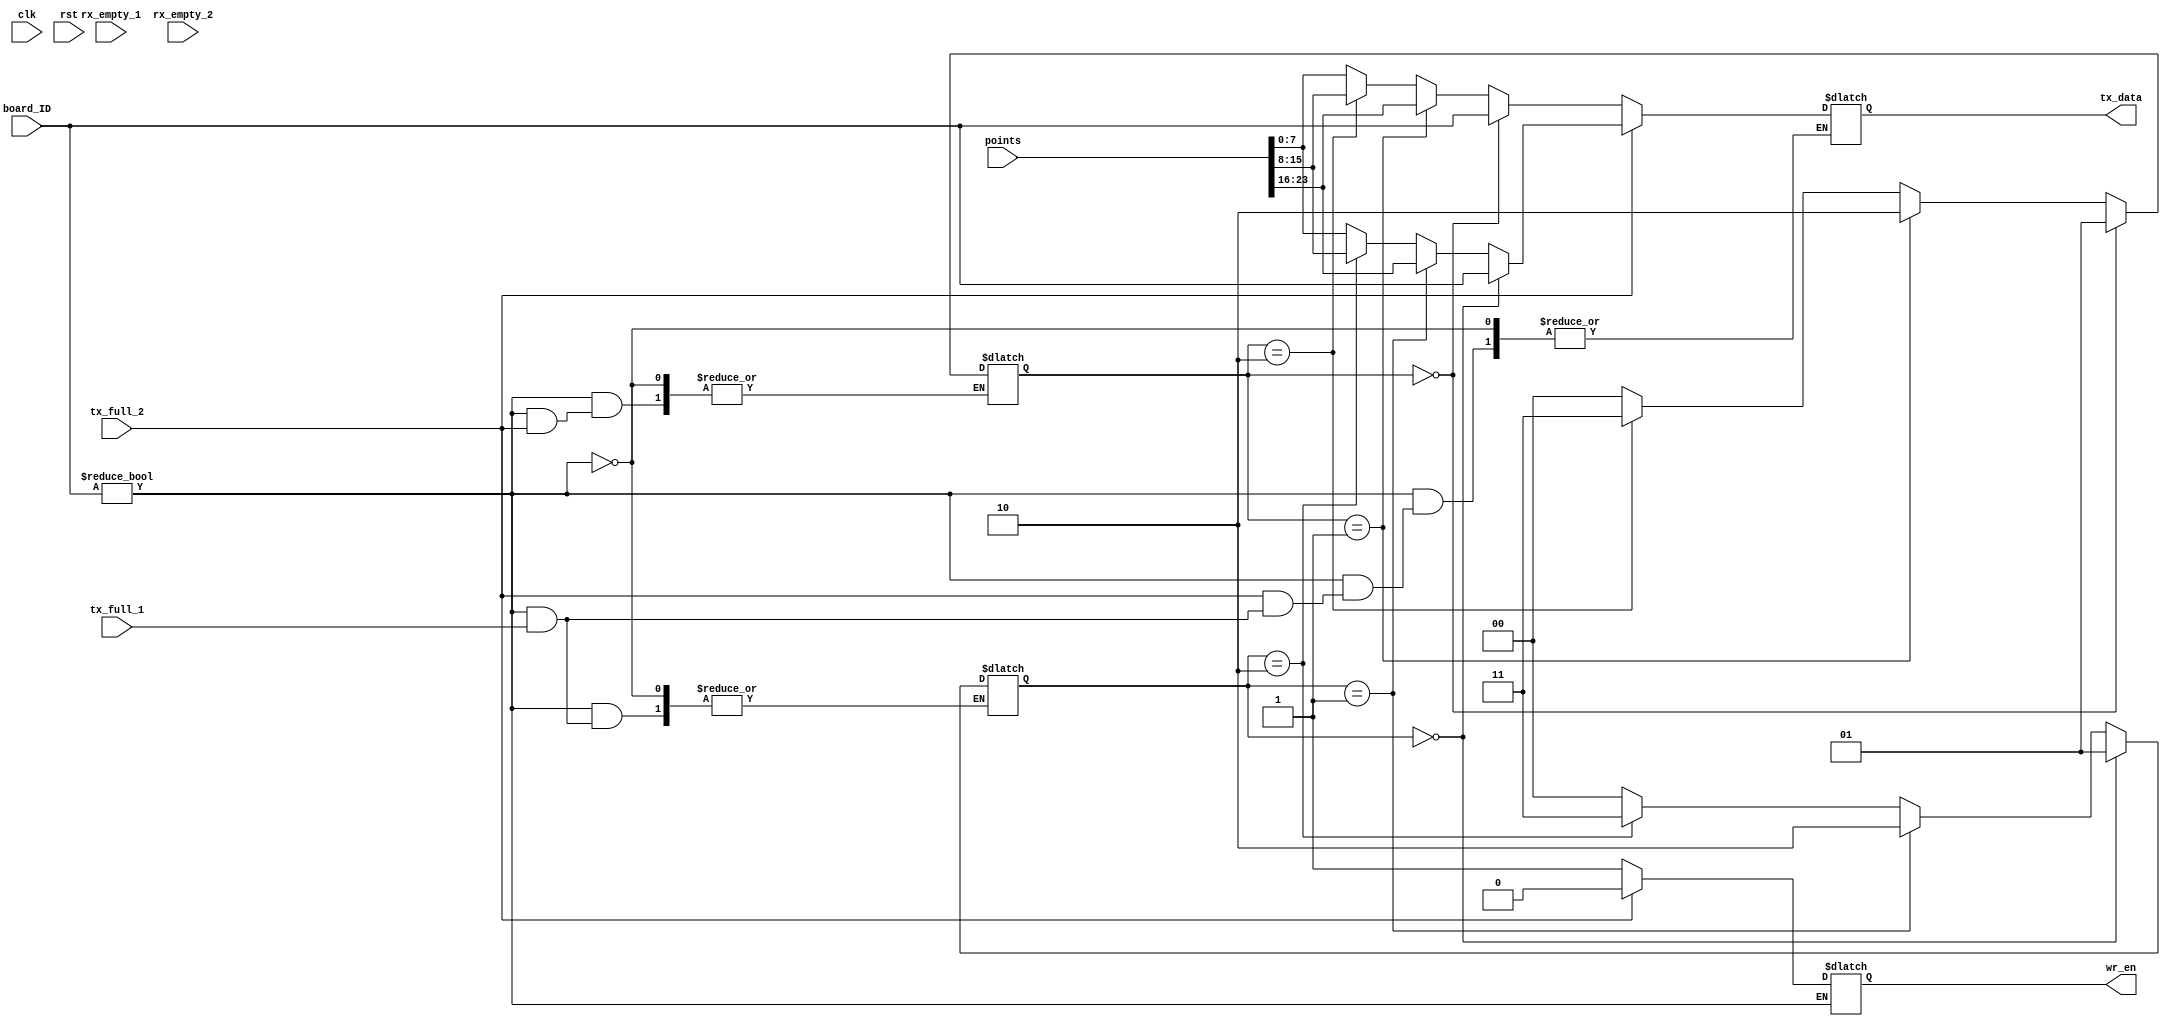
`timescale 1ns / 1ps
//////////////////////////////////////////////////////////////////////////////////
// Company: 
// Engineer: 
// 
// Design Name: 
// Module Name: data_to_transfer
// Project Name: 
// Target Devices: 
// Tool Versions: 
// Description: 
// 
// Dependencies: 
// 
// Revision:
// Revision 0.01 - File Created
// Additional Comments:
// 
//////////////////////////////////////////////////////////////////////////////////


module data_to_transfer(
    input wire clk,
    input wire rst,
    input wire [7:0]  board_ID,
    input wire [23:0] points,
    input wire tx_full_1,
    input wire tx_full_2,
    input wire rx_empty_1, rx_empty_2,
    
    output reg [7:0] tx_data,
    output reg wr_en
    );
    
    reg [7:0] tx_data1, tx_data2, tx_data3, tx_data4;
    reg [1:0] UART1_pack_nr, UART2_pack_nr;
    
    always@*begin
    tx_data1 = board_ID;
    tx_data2 = points[23:16];
    tx_data3 = points[15:8];
    tx_data4 = points[7:0];
    
    if(board_ID != 0)begin
        if(tx_full_1 == 0)begin
            if(UART1_pack_nr == 0)begin
                tx_data = tx_data1;
                wr_en = 1;
                UART1_pack_nr = 1;
            end
            else if(UART1_pack_nr == 1)begin
                tx_data = tx_data2;
                wr_en = 1;
                UART1_pack_nr = 2;
            end
            else if(UART1_pack_nr == 2)begin
                tx_data = tx_data3;
                wr_en = 1;
                UART1_pack_nr = 3;
            end
            else begin
                tx_data = tx_data4;
                wr_en = 1;
                UART1_pack_nr = 0;
            end
        end
        else wr_en = 0;
            
        if(tx_full_2 == 0)begin
            if(UART2_pack_nr == 0)begin
                tx_data = tx_data1;
                wr_en = 1;
                UART2_pack_nr = 1;
            end
            else if(UART2_pack_nr == 1)begin
                tx_data = tx_data2;
                wr_en = 1;
                UART2_pack_nr = 2;
            end
            else if(UART2_pack_nr == 2)begin
                tx_data = tx_data3;
                wr_en = 1;
                UART2_pack_nr = 3;
            end
            else begin
                tx_data = tx_data4;
                wr_en = 1;
                UART2_pack_nr = 0;
            end
        end
        else wr_en = 0;    
    end    
    end  
endmodule